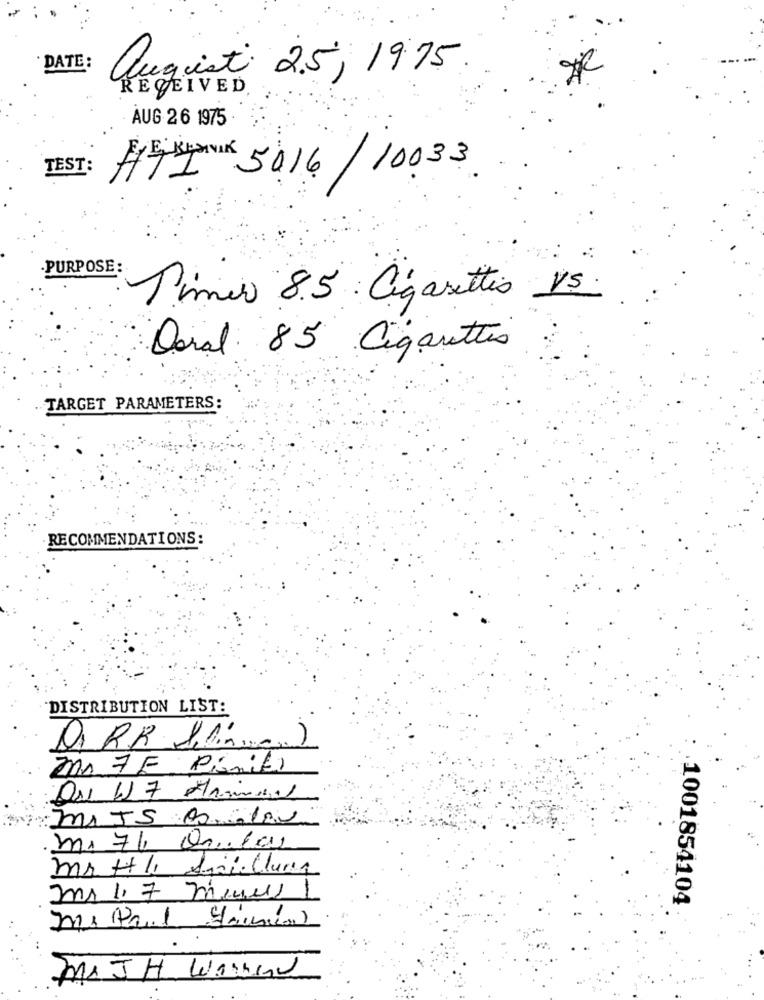
DATE:
august 25, 19:15
RECEIVED.
AUG 26 1975
TEST:
HEAD 5016/10033
-PURPOSE:
Timer 8.5 Cigarettes
Doral 85 Cigarettes
TARGET PARAMETERS:
RECOMMENDATIONS:
DISTRIBUTION LIST:
mr 7E Pianiti
: MIJS 0010
mi 7%, Quilas
mr H 1, Ani Cura
mr 1, 7 menus 1
1001854104
MATH Warned